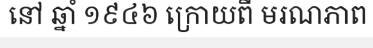
នៅ ឆ្នាំ ១៩៤៦ ក្រោយពី មរណភាព